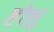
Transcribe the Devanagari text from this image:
होन्नु